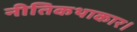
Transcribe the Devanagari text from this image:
नीतिकथाकार।